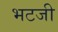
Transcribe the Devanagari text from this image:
भटजी